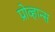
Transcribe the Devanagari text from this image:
प्रोव्हान्स